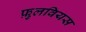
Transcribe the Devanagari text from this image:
फ़ुलवियस